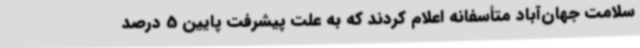
سلامت جهان‌آباد متأسفانه اعلام کردند که به علت پیشرفت پایین 5 درصد